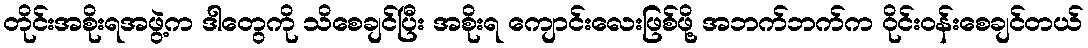
တိုင်းအစိုးရအဖွဲ့က ဒါတွေကို သိစေချင်ပြီး အစိုးရ ကျောင်းလေးဖြစ်ဖို့ အဘက်ဘက်က ဝိုင်းဝန်းစေချင်တယ်